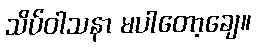
သိပ်ဝါသနာ မပါတော့ချေ။